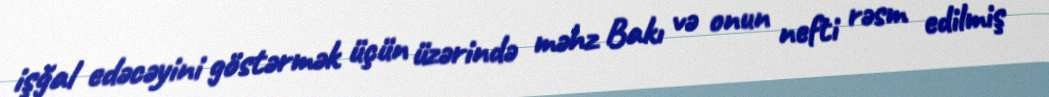
işğal edəcəyini göstərmək üçün üzərində məhz Bakı və onun nefti rəsm edilmiş